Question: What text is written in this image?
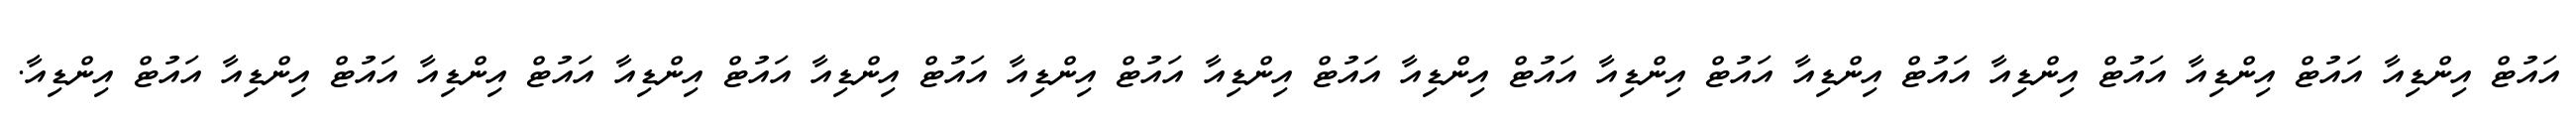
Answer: އައުޓް އިންޑިއާ އައުޓް އިންޑިއާ އައުޓް އިންޑިއާ އައުޓް އިންޑިއާ އައުޓް އިންޑިއާ އައުޓް އިންޑިއާ އައުޓް އިންޑިއާ އައުޓް އިންޑިއާ އައުޓް އިންޑިއާ އައުޓް އިންޑިއާ އައުޓް އިންޑިއާ އައުޓް އިންޑިއާ އައުޓް އިންޑިއާ.